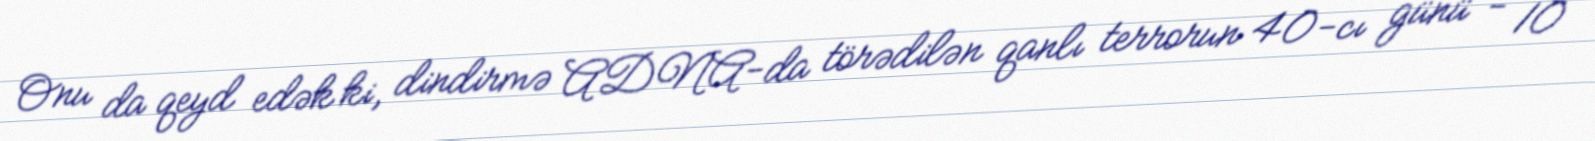
Onu da qeyd edək ki, dindirmə ADNA-da törədilən qanlı terrorun 40-cı günü - 10